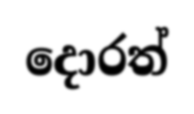
දොරත්